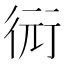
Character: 衏